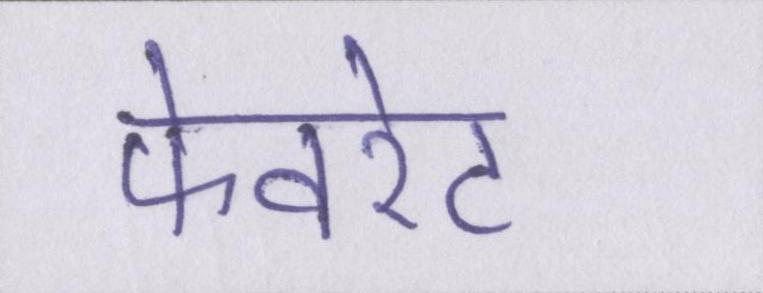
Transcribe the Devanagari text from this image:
फेवरेट